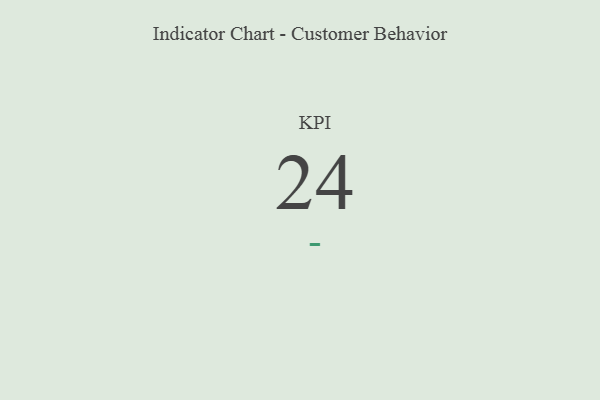
{"axis": {"x": "KPI", "y": "Value"}, "legend": [""], "data": [{"x": "KPI", "y": 24, "type": ""}]}